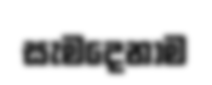
සැමදෙනාම